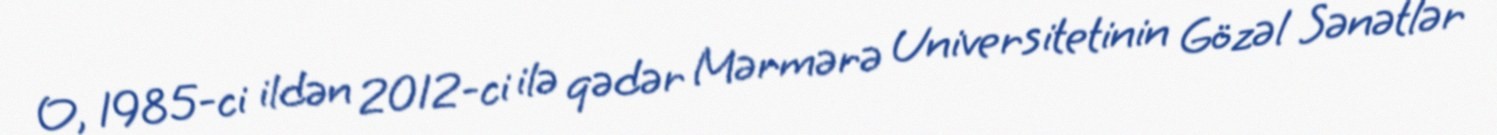
O, 1985-ci ildən 2012-ci ilə qədər Mərmərə Universitetinin Gözəl Sənətlər